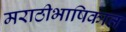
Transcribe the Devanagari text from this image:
मराठीभाषिकात